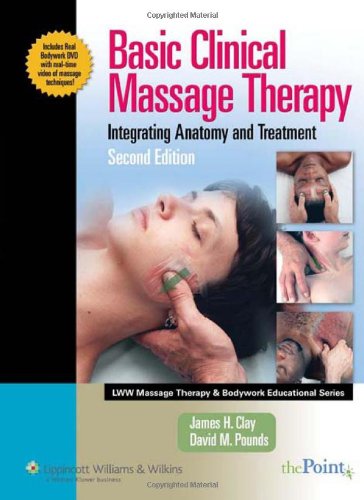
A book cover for Basic Clinical Massage Therapy: Integrating Anatomy and Treatment Second Edition (LWW Massage Therapy and Bodywork Educational Series); James H. Clay MMH  NCTMB; Medical Books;